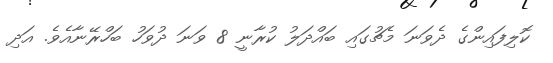
ކޮލިފައިންގެ ދެވަނަ މެޗުގައި ބައްދަލު ކުރާނީ 8 ވަަނަ ދުވަހު ބަހްރޭނާއެވެ. އަދި